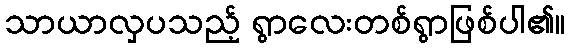
သာယာလှပသည့် ရွာလေးတစ်ရွာဖြစ်ပါ၏။